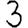
Digit: 3